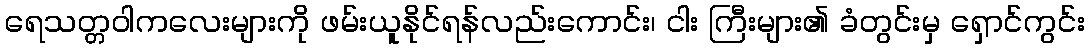
ရေသတ္တဝါကလေးများကို ဖမ်းယူနိုင်ရန်လည်းကောင်း၊ ငါး ကြီးများ၏ ခံတွင်းမှ ရှောင်ကွင်း